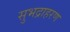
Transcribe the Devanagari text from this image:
सुभद्राहरण